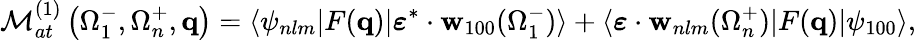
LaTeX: {\cal M}_{at}^{(1)}\left(\Omega_{1}^{-},\Omega_{n}^{+},\mathbf{q}\right)=\langle\psi_{nlm}|F(\mathbf{q})|\boldsymbol{\varepsilon}^{*}\cdot{\mathbf{w}}_{100}(\Omega_{1}^{-})\rangle+\langle\boldsymbol{\varepsilon}\cdot{\mathbf{w}}_{nlm}(\Omega_{n}^{+})|F(\mathbf{q})|\psi_{100}\rangle,